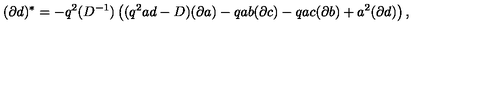
( \partial d ) ^ { * } = - q ^ { 2 } ( D ^ { - 1 } ) \left( ( q ^ { 2 } a d - D ) ( \partial a ) - q a b ( \partial c ) - q a c ( \partial b ) + a ^ { 2 } ( \partial d ) \right) ,